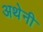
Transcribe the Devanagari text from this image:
अथेनी